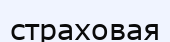
страховая